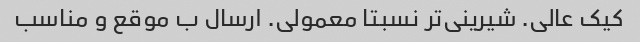
کیک عالی. شیرینی‌تر نسبتا معمولی. ارسال ب موقع و مناسب